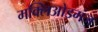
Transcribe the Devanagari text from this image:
मक्लिओडगंज